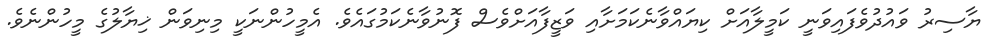
ޔާސިރު ވައުދުވެފައިވަނީ ކަމީލާއަށް ކިޔައްވާނެކަމަށާއި ވަޒީފާއަށްވެސް ފޮނުވާނެކަމުގައެވެ. އެމީހުންނަކީ މިނިވަން ޚިޔާލުގެ މީހުންނެވެ.